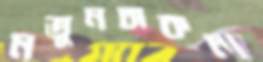
নতুনচাকলা